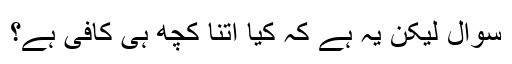
سوال لیکن یہ ہے کہ کیا اتنا کچھ ہی کافی ہے؟